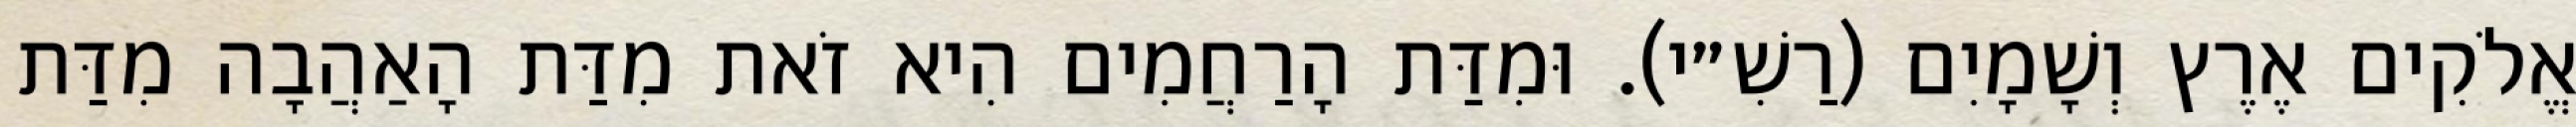
אֱלֹקִים אֶרֶץ וְשָׁמָיִם (רַשִׁ״י). וּמִדַּת הָרַחֲמִים הִיא זֹאת מִדַּת הָאַהֲבָה מִדַּת